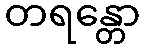
တရန္တော